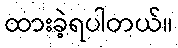
ထားခဲ့ရပါတယ်။